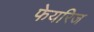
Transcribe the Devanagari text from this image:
फेयरिज